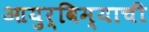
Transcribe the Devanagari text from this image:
आयुर्विम्याची